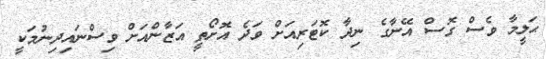
ޙަލީމާ ވެސް ގޮސް އޭނާގެ ނިދާ ކޮޓަރިއަށް ވަދެ އޮށޯތީ އަޒާންއަށް ވިސްނައިދިނުމަކީ